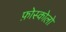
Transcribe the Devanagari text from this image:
फ़ोस्कोलो